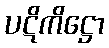
ပဋိကိဋ္ဌော